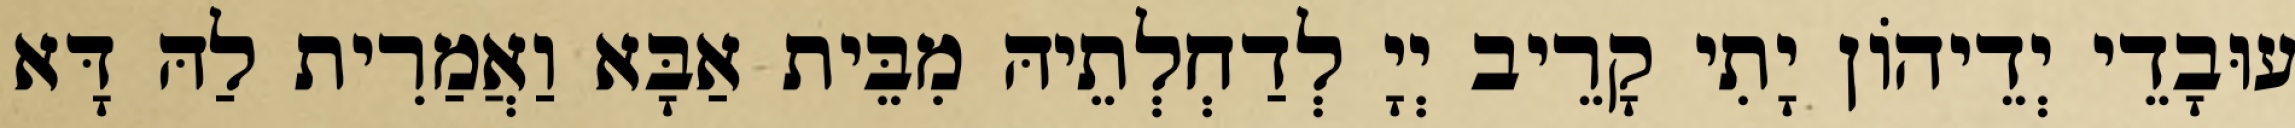
עוּבָדֵי יְדֵיהוֹן יָתִי קָרֵיב יְיָ לְדַחְלְתֵיהּ מִבֵּית אַבָּא וַאֲמַרִית לַהּ דָּא